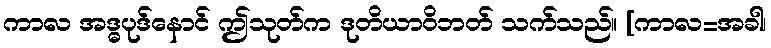
ကာလ အဒ္ဓပုဒ်နောင် ဤသုတ်က ဒုတိယာဝိဘတ် သက်သည်။ [ကာလ=အခါ၊